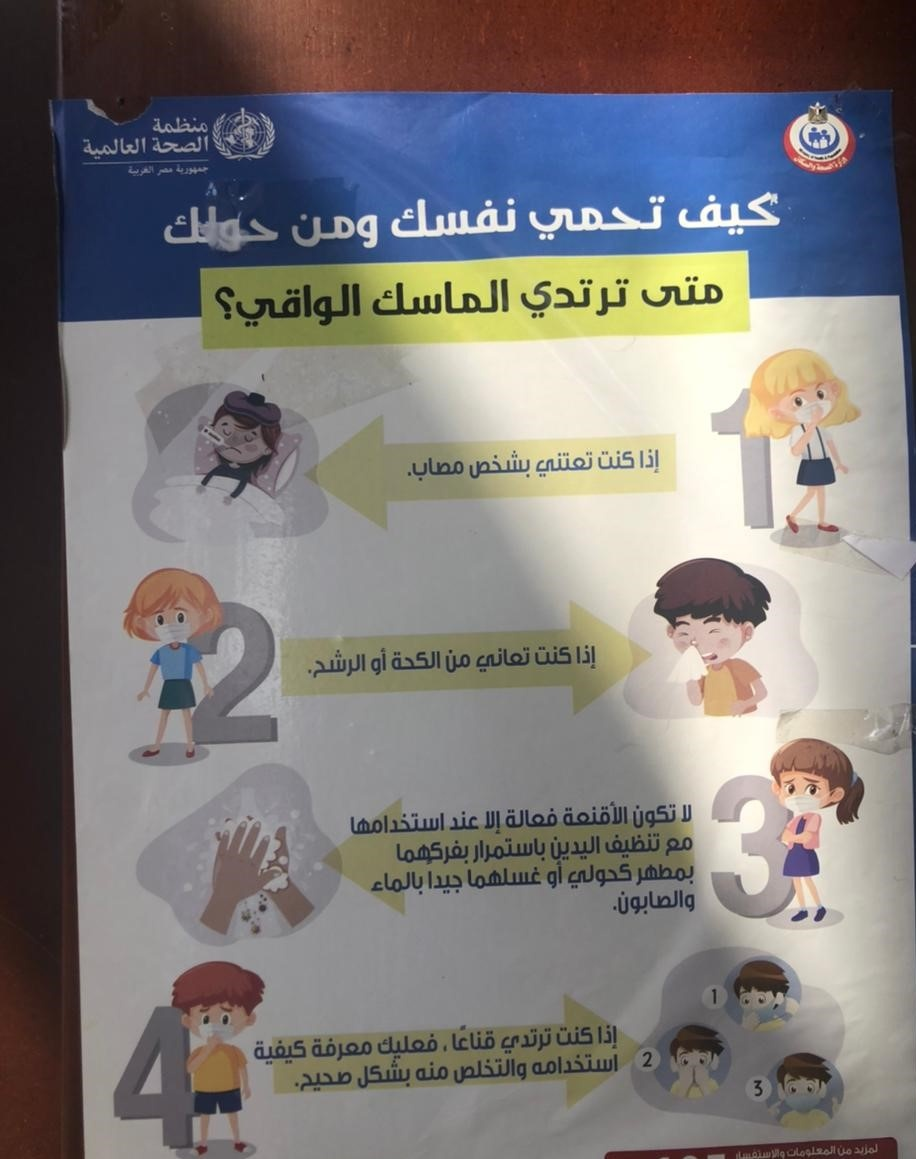
Text in image: منظمة الصحة العالمية كيف تحمي نفسك حولك ومن متى الماسك ترتدي الواقي؟ كنت إذا تعتني بشخص مصاب. إذا كنت تعاني من الكحة أو الرشح. لا الأقنعة تكون فعالة إلا عند استخدامها تنظيف مع اليدين باستمرار بفركها بمطهر أو كحولي غسلهما جيدا بالماء والصابون. إذا كنت قناعا ترتدي فعليك معرفة كيفية استخدامه والتخلص منه بشكل صحيح 1 2 3 1 2 4 3